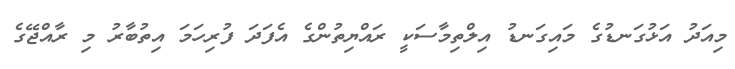
މިއަދު އަޅުގަނޑުގެ މައިގަނޑު އިލްތިމާސަކީ ރައްޔިތުންގެ އެފަދަ ފުރިހަމަ އިތުބާރު މި ރާއްޖޭގެ